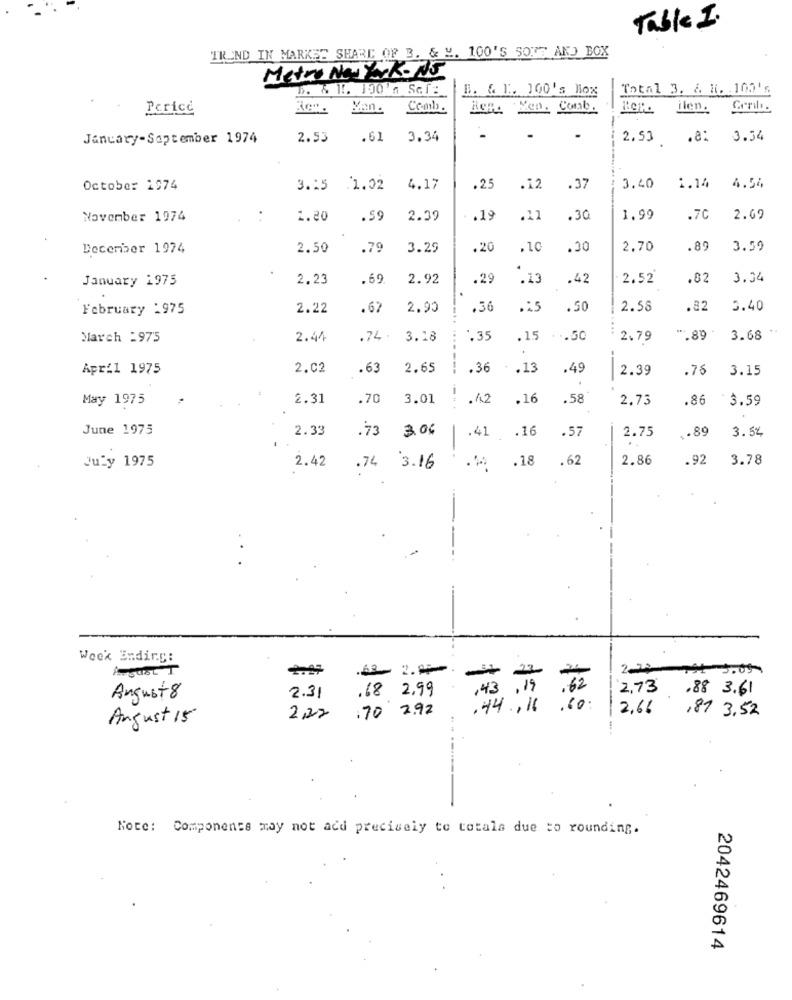
Table I.
TREND IN MARKET SHARE OF 3. & M. 100'S SOUS AN) BOX
Metro New YorkONT
B. & 1. 100'n Sel:
B. & T. 100's Box
Total 3. & H. 100's
-
Pericc
Comb.
Ven. Comb.
Lien.
January-September 1974
2.53
.61
3.34
2.53 .81
3.54
October 1974
3.25 1.02
4.17
.25
.12
.37
3.40 1.14
November 1974
1.20
.59
2.39
.19
.11
.30
1.99
.70
2.69
December 1974
2.50
.79
3.29
.20
.10
.30
2.70
.89
3.59
January 1975
2.23
.69
2.92
.29
.13
.42
2.52
.82
3.34
February :975
2.22
.67
2.90
.36
.25
.50
2.58
.82
5.40
...
March :975
2.44
.74 . 3.18
*. 35
.15 .50
2.79
*: 89
3.68
April 1975
2.02
.63
2.65
---
.36
.13
.49
2.39
.76
3.15
May 1975
2.31
.70
3.01
.1.2
.16
.58'
2.73
.86
*3.59
June 1975
2.33
73
3.06
.57
2.75
.89
3.54
.41 .16
..
.18
.62
2.86
.92
3.78
July 1975
2.42
.74 3.16
Wook Ending:
.68 2,99
2,73
.88 3.61
August 8
2.31
70 2.92
.44,16
2,66 ,81 3.52
August 15
2,22
.-.
Note: Components may not acd precisely to totals due to rounding.
2042469614